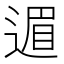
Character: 𫐹